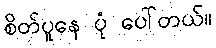
စိတ်ပူနေ ပုံ ပေါ်တယ်။